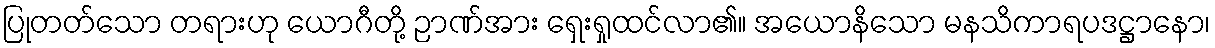
ပြုတတ်သော တရားဟု ယောဂီတို့ ဉာဏ်အား ရှေးရှုထင်လာ၏။ အယောနိသော မနသိကာရပဒဋ္ဌာနော၊